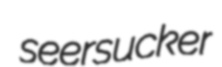
seersucker